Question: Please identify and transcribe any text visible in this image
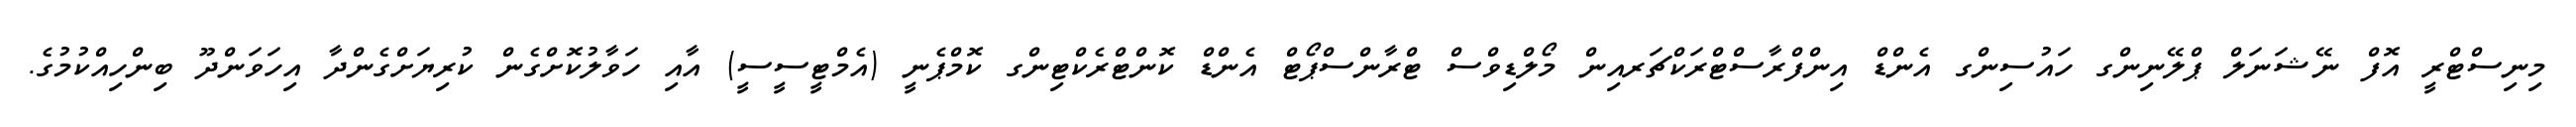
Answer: މިނިސްޓްރީ އޮފް ނޭޝަނަލް ޕްލޭނިންގ ހައުސިންގ އެންޑް އިންފްރާސްޓްރަކްޗަރއިން މޯލްޑިވްސް ޓްރާންސްޕޯޓް އެންޑް ކޮންޓްރެކްޓިންގ ކޮމްޕެނީ (އެމްޓީސީސީ) އާއި ހަވާލުކޮށްގެން ކުރިޔަށްގެންދާ އިހަވަންދޫ ބިންހިއްކުމުގެ.